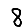
Digit: 8